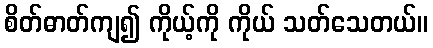
စိတ်ဓာတ်ကျ၍ ကိုယ့်ကို ကိုယ် သတ်သေတယ်။